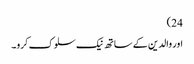
24)
اور والدین کے ساتھ نیک سلوک کرو۔